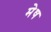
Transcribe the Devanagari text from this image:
मेेष